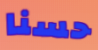
حسنا